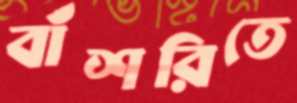
বাঁশরিতে